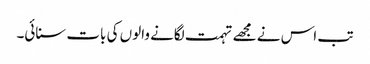
تب اس نے مجھے تہمت لگانے والوں کی بات سنائی۔